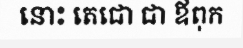
នោះ តេជោ ជា ឪពុក